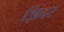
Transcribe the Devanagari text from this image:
झिदर